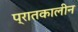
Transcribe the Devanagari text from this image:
प्रातकालीन